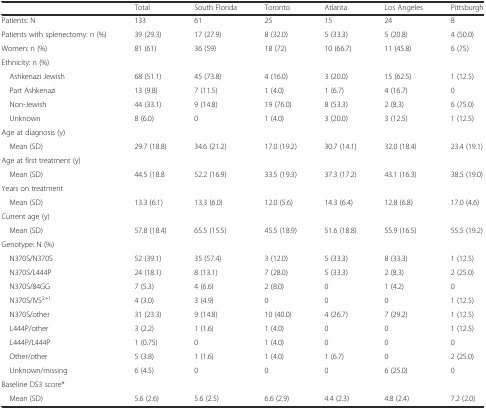
<table><thead><tr><td></td><td><b>Total</b></td><td><b>South Florida</b></td><td><b>Toronto</b></td><td><b>Atlanta</b></td><td><b>Los Angeles</b></td><td><b>Pittsburgh</b></td></tr></thead><tbody><tr><td>Patients: N</td><td>133</td><td>61</td><td>25</td><td>15</td><td>24</td><td>8</td></tr><tr><td>Patients with splenectomy: n (%)</td><td>39 (29.3)</td><td>17 (27.9)</td><td>8 (32.0)</td><td>5 (33.3)</td><td>5 (20.8)</td><td>4 (50.0)</td></tr><tr><td>Women: n (%)</td><td>81 (61)</td><td>36 (59)</td><td>18 (72)</td><td>10 (66.7)</td><td>11 (45.8)</td><td>6 (75)</td></tr><tr><td>Ethnicity: n (%)</td><td></td><td></td><td></td><td></td><td></td><td></td></tr><tr><td> Ashkenazi Jewish</td><td>68 (51.1)</td><td>45 (73.8)</td><td>4 (16.0)</td><td>3 (20.0)</td><td>15 (62.5)</td><td>1 (12.5)</td></tr><tr><td> Part Ashkenazi</td><td>13 (9.8)</td><td>7 (11.5)</td><td>1 (4.0)</td><td>1 (6.7)</td><td>4 (16.7)</td><td>0</td></tr><tr><td> Non-Jewish</td><td>44 (33.1)</td><td>9 (14.8)</td><td>19 (76.0)</td><td>8 (53.3)</td><td>2 (8.3)</td><td>6 (75.0)</td></tr><tr><td> Unknown</td><td>8 (6.0)</td><td>0</td><td>1 (4.0)</td><td>3 (20.0)</td><td>3 (12.5)</td><td>1 (12.5)</td></tr><tr><td>Age at diagnosis (y)</td><td></td><td></td><td></td><td></td><td></td><td></td></tr><tr><td> Mean (SD)</td><td>29.7 (18.8)</td><td>34.6 (21.2)</td><td>17.0 (19.2)</td><td>30.7 (14.1)</td><td>32.0 (18.4)</td><td>23.4 (19.1)</td></tr><tr><td>Age at first treatment (y)</td><td></td><td></td><td></td><td></td><td></td><td></td></tr><tr><td> Mean (SD)</td><td>44.5 (18.8</td><td>52.2 (16.9)</td><td>33.5 (19.3)</td><td>37.3 (17.2)</td><td>43.1 (16.3)</td><td>38.5 (19.0)</td></tr><tr><td>Years on treatment</td><td></td><td></td><td></td><td></td><td></td><td></td></tr><tr><td> Mean (SD)</td><td>13.3 (6.1)</td><td>13.3 (6.0)</td><td>12.0 (5.6)</td><td>14.3 (6.4)</td><td>12.8 (6.8)</td><td>17.0 (4.6)</td></tr><tr><td>Current age (y)</td><td></td><td></td><td></td><td></td><td></td><td></td></tr><tr><td> Mean (SD)</td><td>57.8 (18.4)</td><td>65.5 (15.5)</td><td>45.5 (18.9)</td><td>51.6 (18.8)</td><td>55.9 (16.5)</td><td>55.5 (19.2)</td></tr><tr><td>Genotype: N (%)</td><td></td><td></td><td></td><td></td><td></td><td></td></tr><tr><td> N370S/N370S</td><td>52 (39.1)</td><td>35 (57.4)</td><td>3 (12.0)</td><td>5 (33.3)</td><td>8 (33.3)</td><td>1 (12.5)</td></tr><tr><td> N370S/L444P</td><td>24 (18.1)</td><td>8 (13.1)</td><td>7 (28.0)</td><td>5 (33.3)</td><td>2 (8.3)</td><td>2 (25.0)</td></tr><tr><td> N370S/84GG</td><td>7 (5.3)</td><td>4 (6.6)</td><td>2 (8.0)</td><td>0</td><td>1 (4.2)</td><td>0</td></tr><tr><td> N370S/IVS<sup>2+1</sup></td><td>4 (3.0)</td><td>3 (4.9)</td><td>0</td><td>0</td><td>0</td><td>1 (12.5)</td></tr><tr><td> N370S/other</td><td>31 (23.3)</td><td>9 (14.8)</td><td>10 (40.0)</td><td>4 (26.7)</td><td>7 (29.2)</td><td>1 (12.5)</td></tr><tr><td> L444P/other</td><td>3 (2.2)</td><td>1 (1.6)</td><td>1 (4.0)</td><td>0</td><td>0</td><td>1 (12.5)</td></tr><tr><td> L444P/L444P</td><td>1 (0.75)</td><td>0</td><td>1 (4.0)</td><td>0</td><td>0</td><td>0</td></tr><tr><td> Other/other</td><td>5 (3.8)</td><td>1 (1.6)</td><td>1 (4.0)</td><td>1 (6.7)</td><td>0</td><td>2 (25.0)</td></tr><tr><td> Unknown/missing</td><td>6 (4.5)</td><td>0</td><td>0</td><td>0</td><td>6 (25.0)</td><td>0</td></tr><tr><td>Baseline DS3 score*</td><td></td><td></td><td></td><td></td><td></td><td></td></tr><tr><td> Mean (SD)</td><td>5.6 (2.6)</td><td>5.6 (2.5)</td><td>6.6 (2.9)</td><td>4.4 (2.3)</td><td>4.8 (2.4)</td><td>7.2 (2.0)</td></tr></tbody></table>